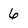
Character: 6